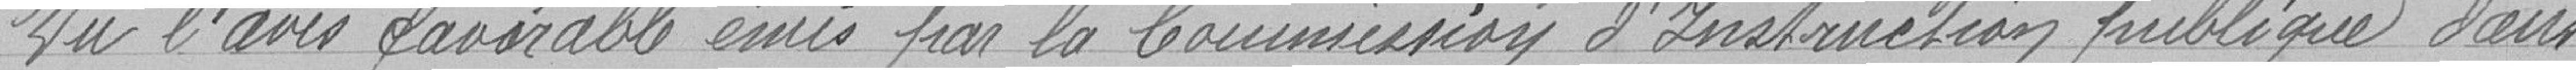
Vu l'avis favorable émis par la Commission d'Instruction publique dans